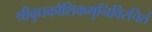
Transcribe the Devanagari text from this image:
श्रीबुधकौशिकमुनिविरचितं